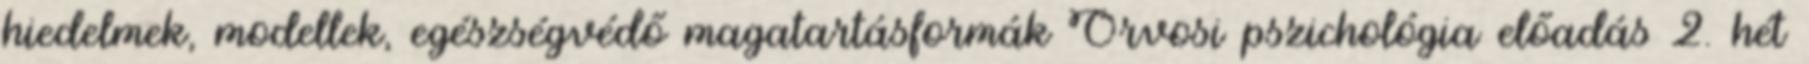
hiedelmek, modellek, egészségvédő magatartásformák Orvosi pszichológia előadás 2. hét